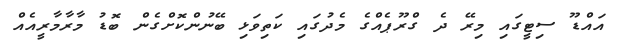
އައްޑޫ ސިޓީގައި މިރޭ ދެ ގްރޫޕެއްގެ މެދުގައި ކަތިވަޅި ބޭނުންކޮށްގެން ބޮޑު މާރާމާރީއެއް